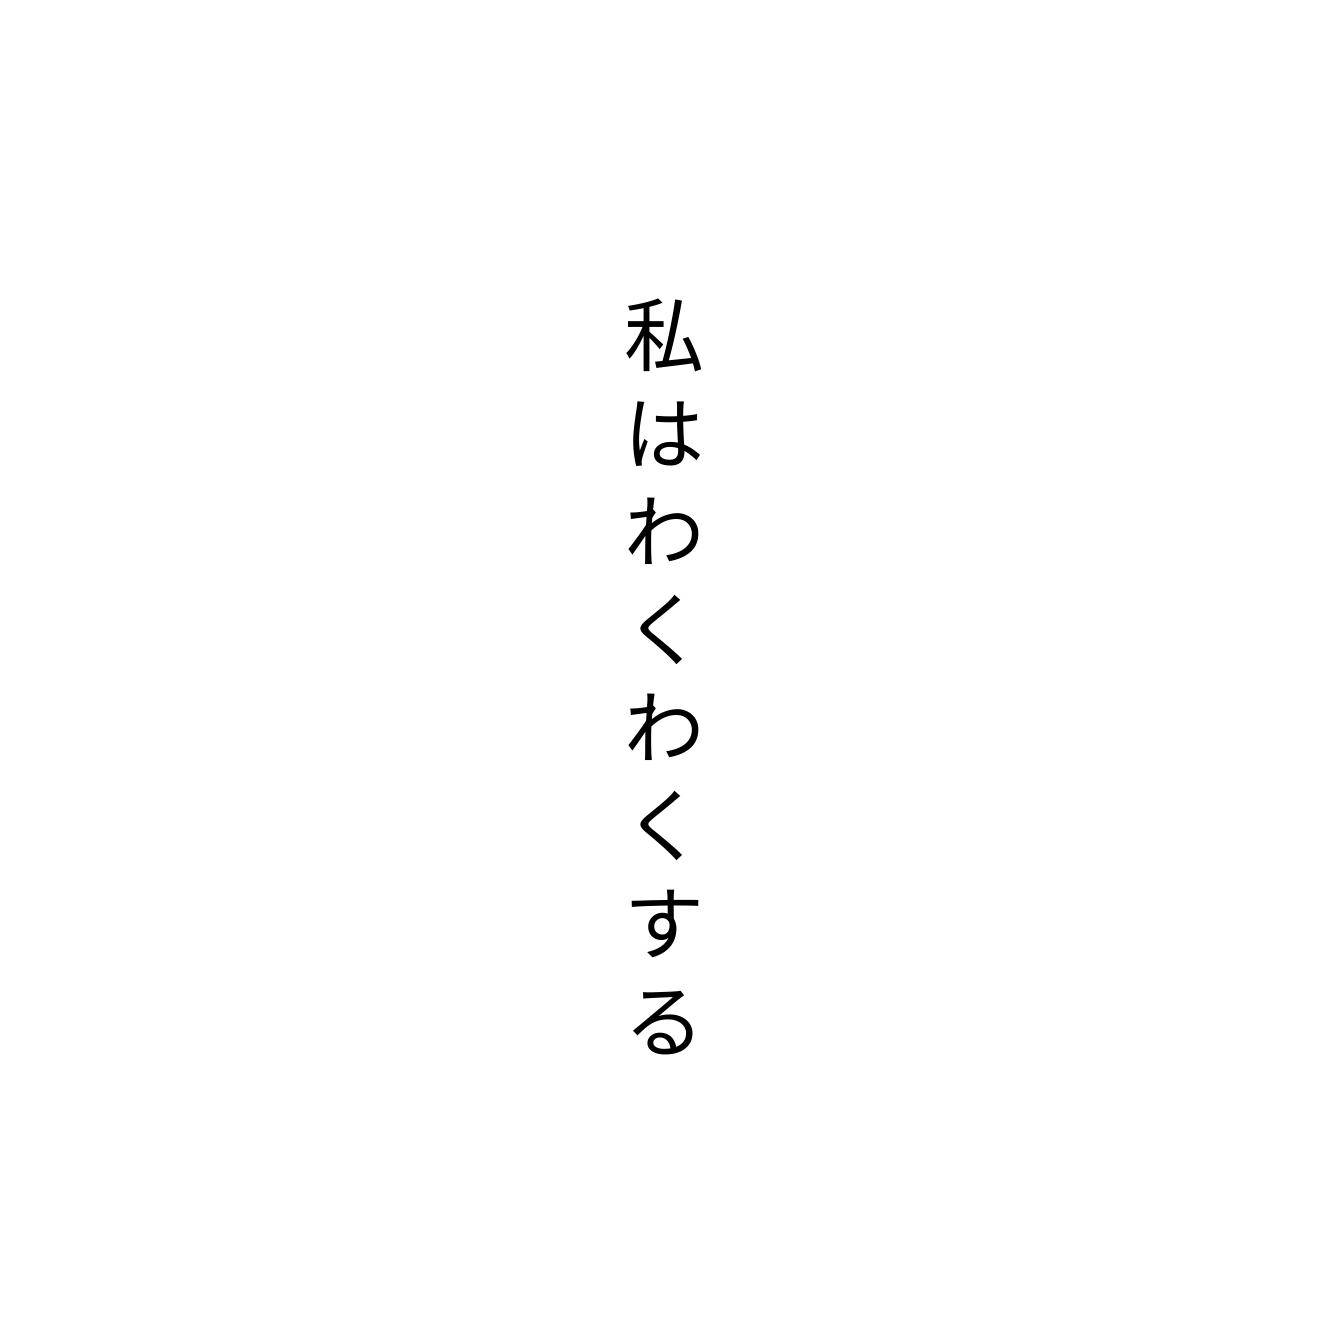
私はわくわくする